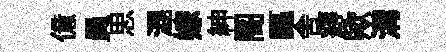
億員思混嫁紳阁謳舎癖歟溝